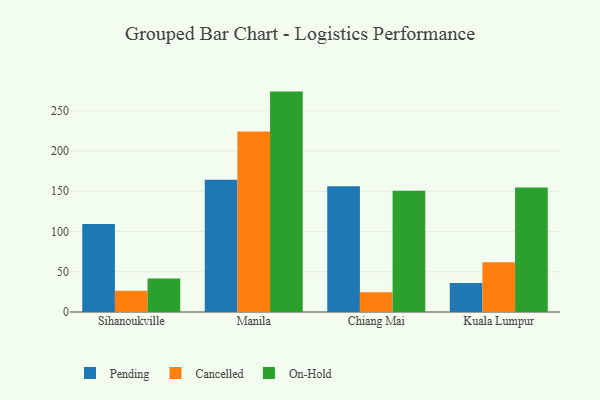
{"axis": {"x": "City", "y": "Gross Profit (USD K)"}, "legend": ["Cancelled", "On-Hold", "Pending"], "data": [{"x": "Sihanoukville", "y": 109.4, "type": "Pending"}, {"x": "Sihanoukville", "y": 26.3, "type": "Cancelled"}, {"x": "Sihanoukville", "y": 41.7, "type": "On-Hold"}, {"x": "Manila", "y": 164.4, "type": "Pending"}, {"x": "Manila", "y": 224.2, "type": "Cancelled"}, {"x": "Manila", "y": 273.8, "type": "On-Hold"}, {"x": "Chiang Mai", "y": 156.1, "type": "Pending"}, {"x": "Chiang Mai", "y": 24.6, "type": "Cancelled"}, {"x": "Chiang Mai", "y": 150.5, "type": "On-Hold"}, {"x": "Kuala Lumpur", "y": 36.1, "type": "Pending"}, {"x": "Kuala Lumpur", "y": 61.8, "type": "Cancelled"}, {"x": "Kuala Lumpur", "y": 154.8, "type": "On-Hold"}]}